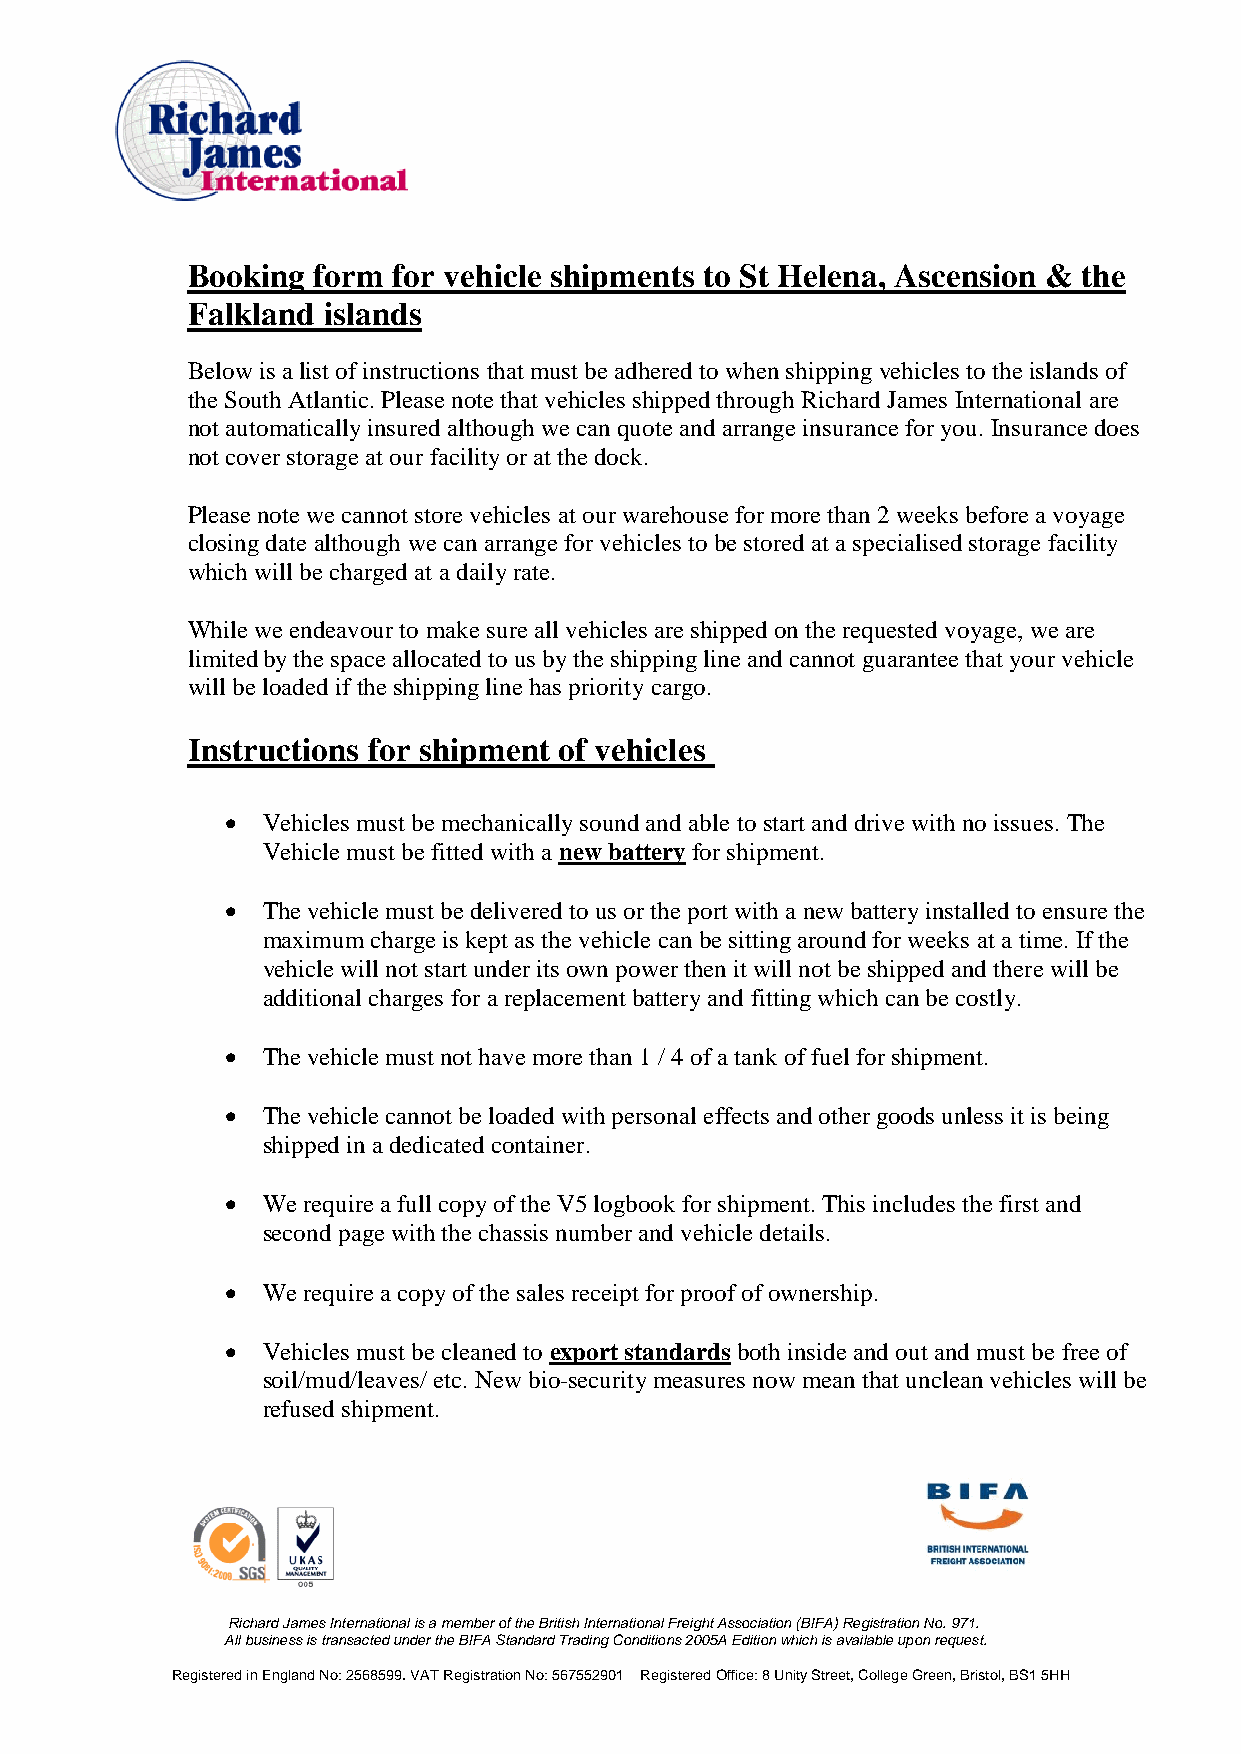
Booking  form for vehicle shipments to St Helena, Ascension & the
 Falkland islands
 Below is a list of instructions that must be adhered to when shipping vehicles to the islands of
 the South Atlantic. Please note that vehicles shipped through Richard James International are
 not automatically insured although we can quote and arrange insurance for you. Insurance does
 not cover storage at our facility or at the dock.
 Please note we cannot store vehicles at our warehouse for more than 2 weeks before a voyage
 closing date although we can arrange for vehicles to be stored at a specialised storage facility
 which will be charged at a daily rate.
 While we endeavour to make sure all vehicles are shipped on the requested voyage, we are
 limited by the space allocated to us by the shipping line and cannot guarantee that your vehicle
 will be loaded if the shipping line has priority cargo.
 Instructions for shipment of vehicles
  Vehicles must be mechanically sound and able to start and drive with no issues. The
 Vehicle must be fitted with a new battery for shipment.
  The vehicle must be delivered to us or the port with a new battery installed to ensure the
 maximum charge is kept as the vehicle can be sitting around for weeks at a time. If the
 vehicle will not start under its own power then it will not be shipped and there will be
 additional charges for a replacement battery and fitting which can be costly.
  The vehicle must not have more than 1 / 4 of a tank of fuel for shipment.
  The vehicle cannot be loaded with personal effects and other goods unless it is being
 shipped in a dedicated container.
  We require a full copy of the V5 logbook for shipment. This includes the first and
 second page with the chassis number and vehicle details.
  We require a copy of the sales receipt for proof of ownership.
  Vehicles must be cleaned to export standards both inside and out and must be free of
 soil/mud/leaves/ etc. New bio-security measures now mean that unclean vehicles will be
 refused shipment.
 Richard James International is a member of the British International Freight Association (BIFA) Registration No. 971.
 All business is transacted under the BIFA Standard Trading Conditions 2005A Edition which is available upon request.
 Registered in England No: 2568599. VAT Registration No: 567552901 Registered Office: 8 Unity Street, College Green, Bristol, BS1 5HH